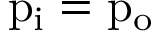
\mathrm { { p } _ { \mathrm { { i } } } = \mathrm { { p } _ { \mathrm { { o } } } } }